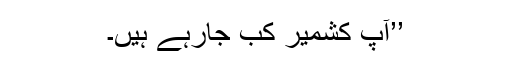
’’آپ کشمیر کب جارہے ہیں۔